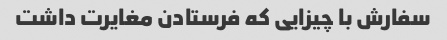
سفارش با چیزایی که فرستادن مغایرت داشت